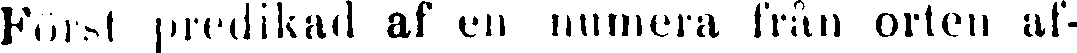
Först predikad af en numera från orten af-